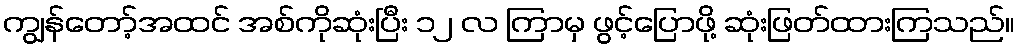
ကျွန်တော့်အထင် အစ်ကိုဆုံးပြီး ၁၂ လ ကြာမှ ဖွင့်ပြောဖို့ ဆုံးဖြတ်ထားကြသည်။